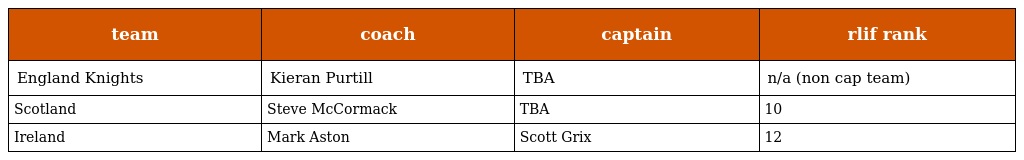
| team | coach | captain | rlif rank |
 | --- | --- | --- | --- |
 | England Knights | Kieran Purtill | TBA | n/a (non cap team) |
 | Scotland | Steve McCormack | TBA | 10 |
 | Ireland | Mark Aston | Scott Grix | 12 |